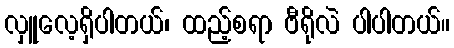
လှူလေ့ရှိပါတယ်၊ ထည့်စရာ ဗီရိုလဲ ပါပါတယ်။